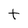
Character: t